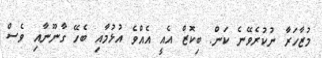
މުޒާހަރާ ނުކުރެވޭނެ ކަން. ބިކޮޒް އެއީ އެއްވެ އުޅުމާއި ބެހޭ ގާނޫނާއި ވެސް